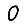
Digit: 0